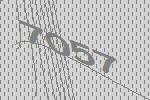
7057